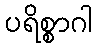
ပရိစ္စာဂါ